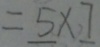
= 5 \times 7